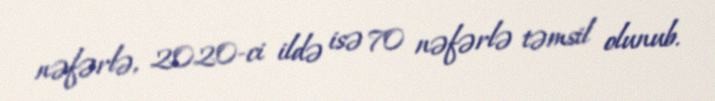
nəfərlə, 2020-ci ildə isə 70 nəfərlə təmsil olunub.